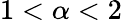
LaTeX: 1<\alpha<2